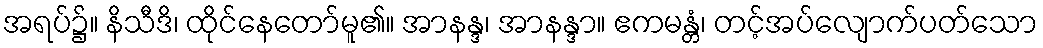
အရပ်၌။ နိသီဒိ၊ ထိုင်နေတော်မူ၏။ အာနန္ဒ၊ အာနန္ဒာ။ ဧကမန္တံ၊ တင့်အပ်လျောက်ပတ်သော